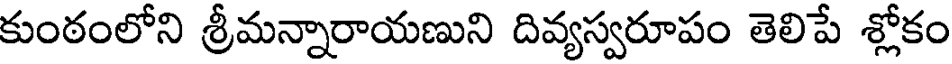
కుంఠంలోని శ్రీమన్నారాయణుని దివ్యస్వరూపం తెలిపే శ్లోకం